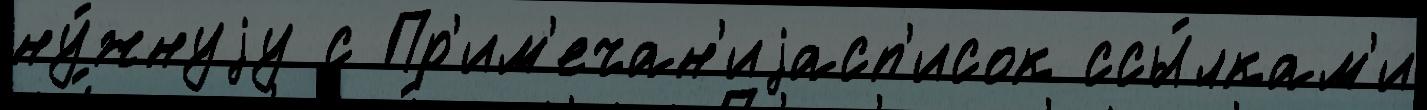
ну́жнуjу с Пр'им'ечан'иjасп'исок ссы́лкам'и